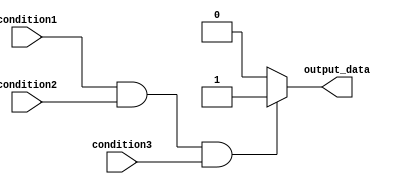
module behavioral_block (
    input wire condition1,
    input wire condition2,
    input wire condition3,
    output reg output_data
);

always @ (*)
begin
    if (condition1 && condition2 && condition3) begin
        // code block within if statement
        output_data <= 1'b1;
    end else begin
        // code block within else statement
        output_data <= 1'b0;
    end
end

endmodule